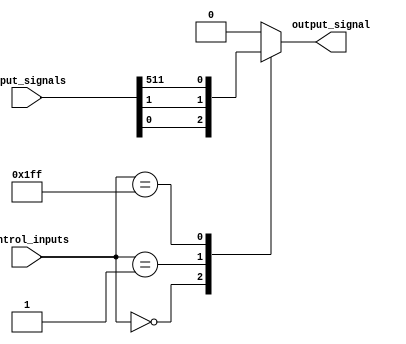
module multiplexer_512_1(
    input [511:0] input_signals,
    input [8:0] control_inputs,
    output reg output_signal
);

always @ (*) begin
    case (control_inputs)
        9'b000000000: output_signal = input_signals[0];
        9'b000000001: output_signal = input_signals[1];
        // repeat for each control input selection
        9'b111111111: output_signal = input_signals[511];
        default: output_signal = 0; // default output in case of undefined control inputs
    endcase
end

endmodule